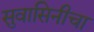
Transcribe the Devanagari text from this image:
सुवासिनीचा